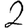
Digit: 2